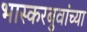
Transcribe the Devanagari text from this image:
भास्करबुवांच्या